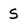
Character: 5